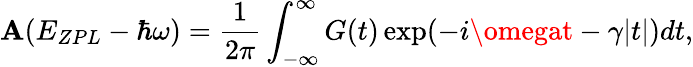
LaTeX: \mathbf{A}(E_{ZPL}-\hbar\omega)=\frac{{1}}{{2\pi}}\int_{-\infty}^{\infty}G(t)\exp(-i\omegat-\gamma|t|)dt,